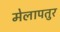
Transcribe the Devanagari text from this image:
मेलापतुर